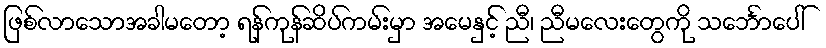
ဖြစ်လာသောအခါမတော့ ရန်ကုန်ဆိပ်ကမ်းမှာ အမေနှင့် ညီ၊ ညီမလေးတွေကို သင်္ဘောပေါ်